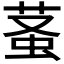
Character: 𧊬